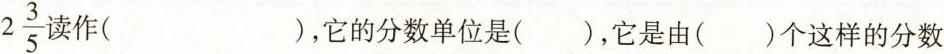
2\frac{3}{5}读作（），它的分数单位是（），它是由（）个这样的分数